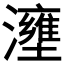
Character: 𤃟